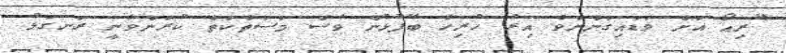
"ރިއޯ އަށް ވަޑައިގަންނަވާ އިރު ހުރިހާ ބޭފުޅުން ވެސް މަސަތްކަތް ކުރަންވާނީ ރަނގަޅު